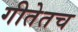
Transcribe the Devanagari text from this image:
गीतेतच